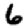
Digit: 6